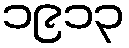
၁၉၁၃